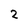
Character: 2